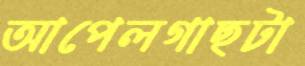
আপেলগাছটা